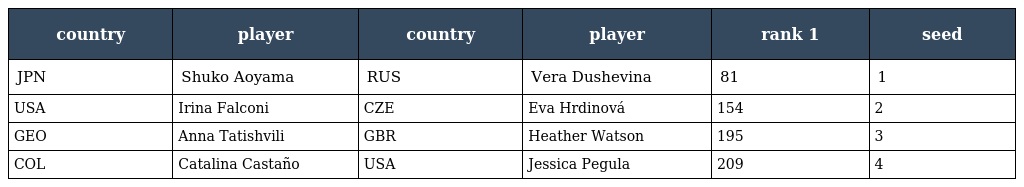
| country | player | country | player | rank 1 | seed |
 | --- | --- | --- | --- | --- | --- |
 | JPN | Shuko Aoyama | RUS | Vera Dushevina | 81 | 1 |
 | USA | Irina Falconi | CZE | Eva Hrdinová | 154 | 2 |
 | GEO | Anna Tatishvili | GBR | Heather Watson | 195 | 3 |
 | COL | Catalina Castaño | USA | Jessica Pegula | 209 | 4 |